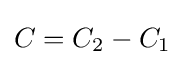
C=C_{2}-C_{1}